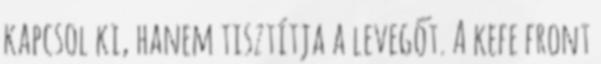
kapcsol ki, hanem tisztítja a levegőt. A kefe front